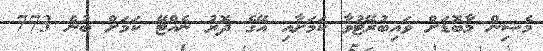
މެޝިން މާބޮޑަށް ވައިބުރޭޓުުވާ ކަމަށާއި އޭގެ ދޮރު ނެއްޓޭ ކަމަށް ބުނެ 773